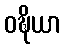
ဝဍ္ဎိယာ